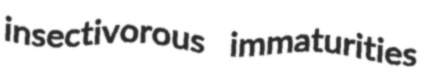
insectivorous immaturities